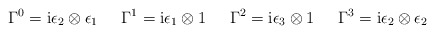
\begin{align*}\Gamma^0 = {\rm i} \epsilon_2 \otimes \epsilon_1 \hspace{6mm}\Gamma^1 = {\rm i} \epsilon_1 \otimes {\boldmath 1} \hspace{6mm}\Gamma^2 = {\rm i} \epsilon_3 \otimes {\boldmath 1} \hspace{6mm} \Gamma^3 = {\rm i} \epsilon_2 \otimes \epsilon_2\end{align*}